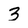
Character: 3